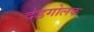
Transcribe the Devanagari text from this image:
दंडगोलक